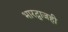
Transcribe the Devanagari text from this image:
भारद्वाजही